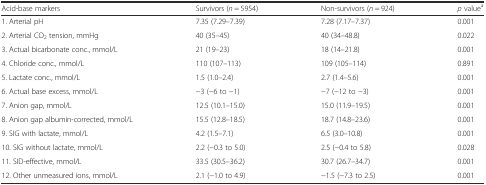
<table><thead><tr><td><b>Acid-base markers</b></td><td><b>Survivors (<i>n</i> = 5954)</b></td><td><b>Non-survivors (<i>n</i> = 924)</b></td><td><b><i>p</i> value<sup>a</sup></b></td></tr></thead><tbody><tr><td>1. Arterial pH</td><td>7.35 (7.29–7.39)</td><td>7.28 (7.17–7.37)</td><td>0.001</td></tr><tr><td>2. Arterial CO<sub>2</sub> tension, mmHg</td><td>40 (35–45)</td><td>40 (34–48.8)</td><td>0.022</td></tr><tr><td>3. Actual bicarbonate conc., mmol/L</td><td>21 (19–23)</td><td>18 (14–21.8)</td><td>0.001</td></tr><tr><td>4. Chloride conc., mmol/L</td><td>110 (107–113)</td><td>109 (105–114)</td><td>0.891</td></tr><tr><td>5. Lactate conc., mmol/L</td><td>1.5 (1.0–2.4)</td><td>2.7 (1.4–5.6)</td><td>0.001</td></tr><tr><td>6. Actual base excess, mmol/L</td><td>−3 (−6 to −1)</td><td>−7 (−12 to −3)</td><td>0.001</td></tr><tr><td>7. Anion gap, mmol/L</td><td>12.5 (10.1–15.0)</td><td>15.0 (11.9–19.5)</td><td>0.001</td></tr><tr><td>8. Anion gap albumin-corrected, mmol/L</td><td>15.5 (12.8–18.5)</td><td>18.7 (14.8–23.6)</td><td>0.001</td></tr><tr><td>9. SIG with lactate, mmol/L</td><td>4.2 (1.5–7.1)</td><td>6.5 (3.0–10.8)</td><td>0.001</td></tr><tr><td>10. SIG without lactate, mmol/L</td><td>2.2 (−0.3 to 5.0)</td><td>2.5 (−0.4 to 5.8)</td><td>0.028</td></tr><tr><td>11. SID-effective, mmol/L</td><td>33.5 (30.5–36.2)</td><td>30.7 (26.7–34.7)</td><td>0.001</td></tr><tr><td>12. Other unmeasured ions, mmol/L</td><td>2.1 (−1.0 to 4.9)</td><td>−1.5 (−7.3 to 2.5)</td><td>0.001</td></tr></tbody></table>